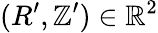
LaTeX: (R^{\prime},\mathbb{Z}^{\prime})\in\mathbb{{R}}^{2}